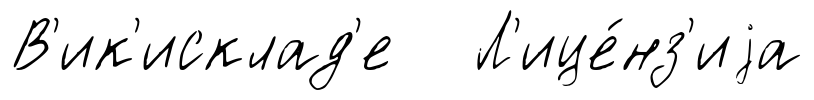
В'ик'исклад'е Л'ице́нз'иjа